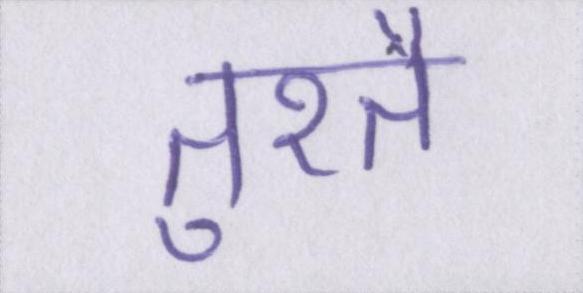
तुरतै